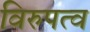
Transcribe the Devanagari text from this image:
विरुपत्व